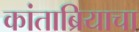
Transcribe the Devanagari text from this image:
कांताब्रियाचा